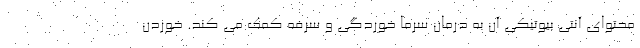
محتوای آنتی بیوتیکی آن به درمان سرما خوردگی و سرفه کمک می کند. خوردن